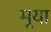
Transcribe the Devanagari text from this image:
मर्‍या